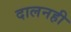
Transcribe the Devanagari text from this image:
दालनही